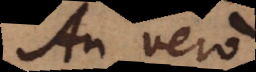
An vero